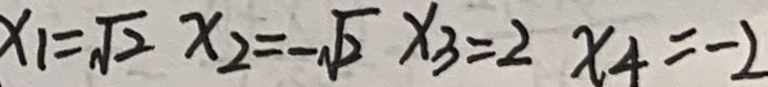
x _ { 1 } = \sqrt { 2 } x _ { 2 } = - \sqrt { 2 } x _ { 3 } = 2 x _ { 4 } = - 2